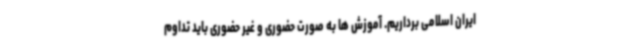
ایران اسلامی برداریم. آموزش ها به صورت حضوری و غیر حضوری باید تداوم